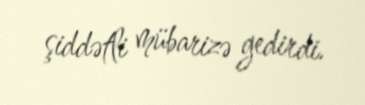
şiddətli mübarizə gedirdi.